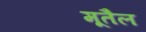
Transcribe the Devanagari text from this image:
मूतैल